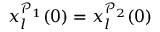
x _ { l } ^ { \mathcal { P } _ { 1 } } ( 0 ) = x _ { l } ^ { \mathcal { P } _ { 2 } } ( 0 )